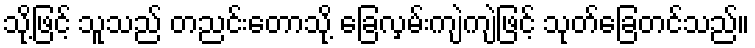
သို့ဖြင့် သူသည် တညင်းတောသို့ ခြေလှမ်းကျဲကျဲဖြင့် သုတ်ခြေတင်သည်။